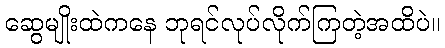
ဆွေမျိုးထဲကနေ ဘုရင်လုပ်လိုက်ကြတဲ့အထိပဲ။